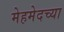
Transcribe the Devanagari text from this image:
मेहमेदच्या